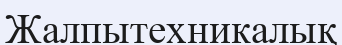
Жалпытехникалық